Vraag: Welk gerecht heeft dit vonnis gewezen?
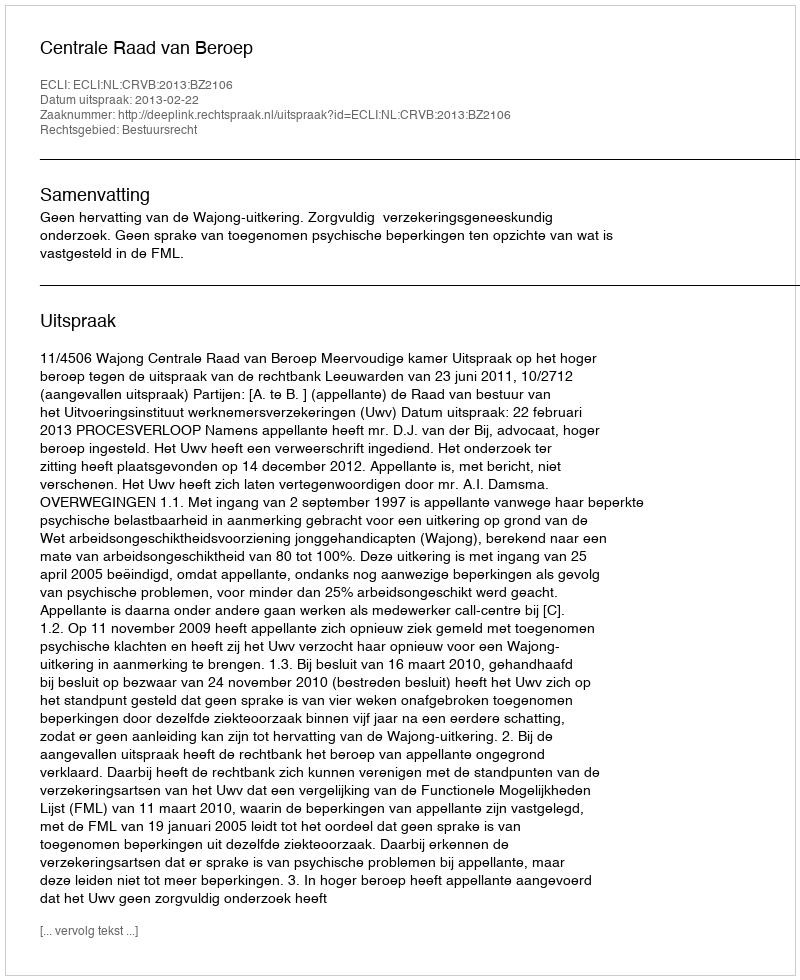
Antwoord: Centrale Raad van Beroep